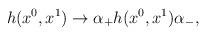
LaTeX: \begin{align*}h(x^0, x^1)\rightarrow \alpha_{+}h(x^0, x^1) \alpha_{-},\end{align*}